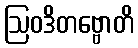
ဩဝဒိတဗ္ဗောတိ